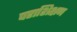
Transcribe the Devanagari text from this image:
पराशिक्षण